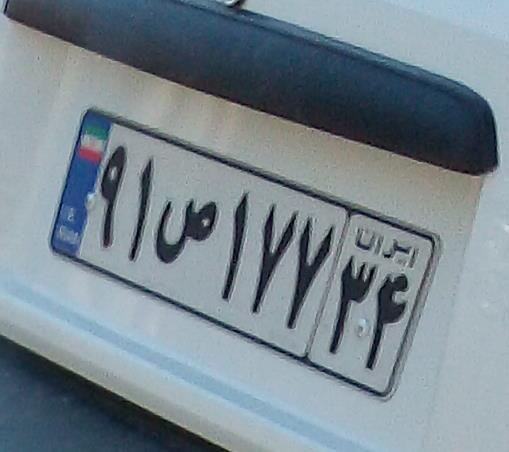
۹۱ص۱۷۷۳۴